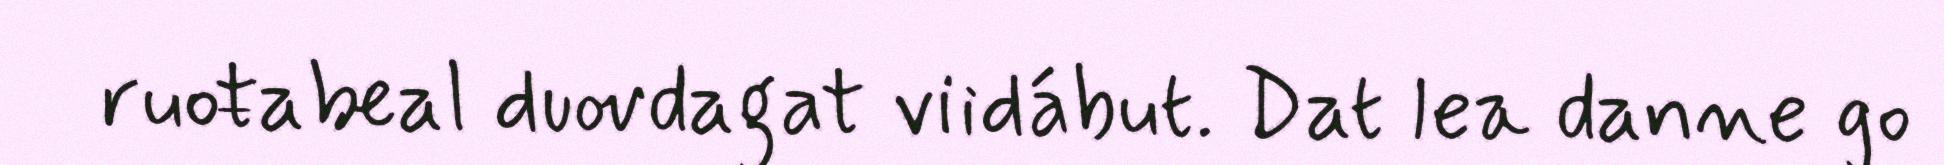
ruoŧabeal duovdagat viidábut. Dat lea danne go